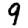
Digit: 9